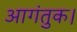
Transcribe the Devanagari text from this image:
आगंतुक।